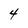
Character: 4